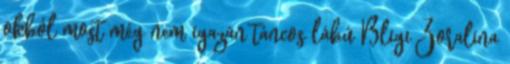
okból most még nem igazán táncos lábú Bligi Zoralina